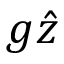
g \hat { z }